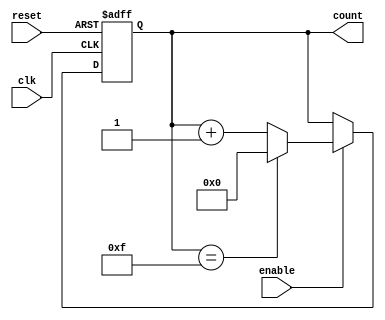
module parameterized_counter #(
    parameter WIDTH = 4,               // Number of bits in the counter
    parameter DIRECTION = 0,           // 0 for UP, 1 for DOWN
    parameter MAX_COUNT = (2**WIDTH)-1 // Maximum count value
) (
    input wire clk,                    // Clock signal
    input wire reset,                  // Asynchronous reset signal
    input wire enable,                 // Enable signal
    output reg [WIDTH-1:0] count       // Current counter value
);

    // Internal signals
    wire [WIDTH-1:0] next_count;

    // Next count logic based on direction and enable signals
    generate
        if (DIRECTION == 0) begin // UP counting
            assign next_count = (count == MAX_COUNT) ? 0 : count + 1;
        end else begin // DOWN counting
            assign next_count = (count == 0) ? MAX_COUNT : count - 1;
        end
    endgenerate

    // Sequential logic for counter
    always @(posedge clk or posedge reset) begin
        if (reset) begin
            count <= 0; // Reset the counter to zero
        end else if (enable) begin
            count <= next_count; // Update counter value
        end
    end

endmodule